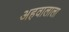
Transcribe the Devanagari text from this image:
अहवालाला